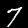
Label: 7